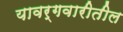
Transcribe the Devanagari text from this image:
यावर्गवारीतील